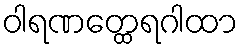
ဝါရဏတ္ထေရဂါထာ